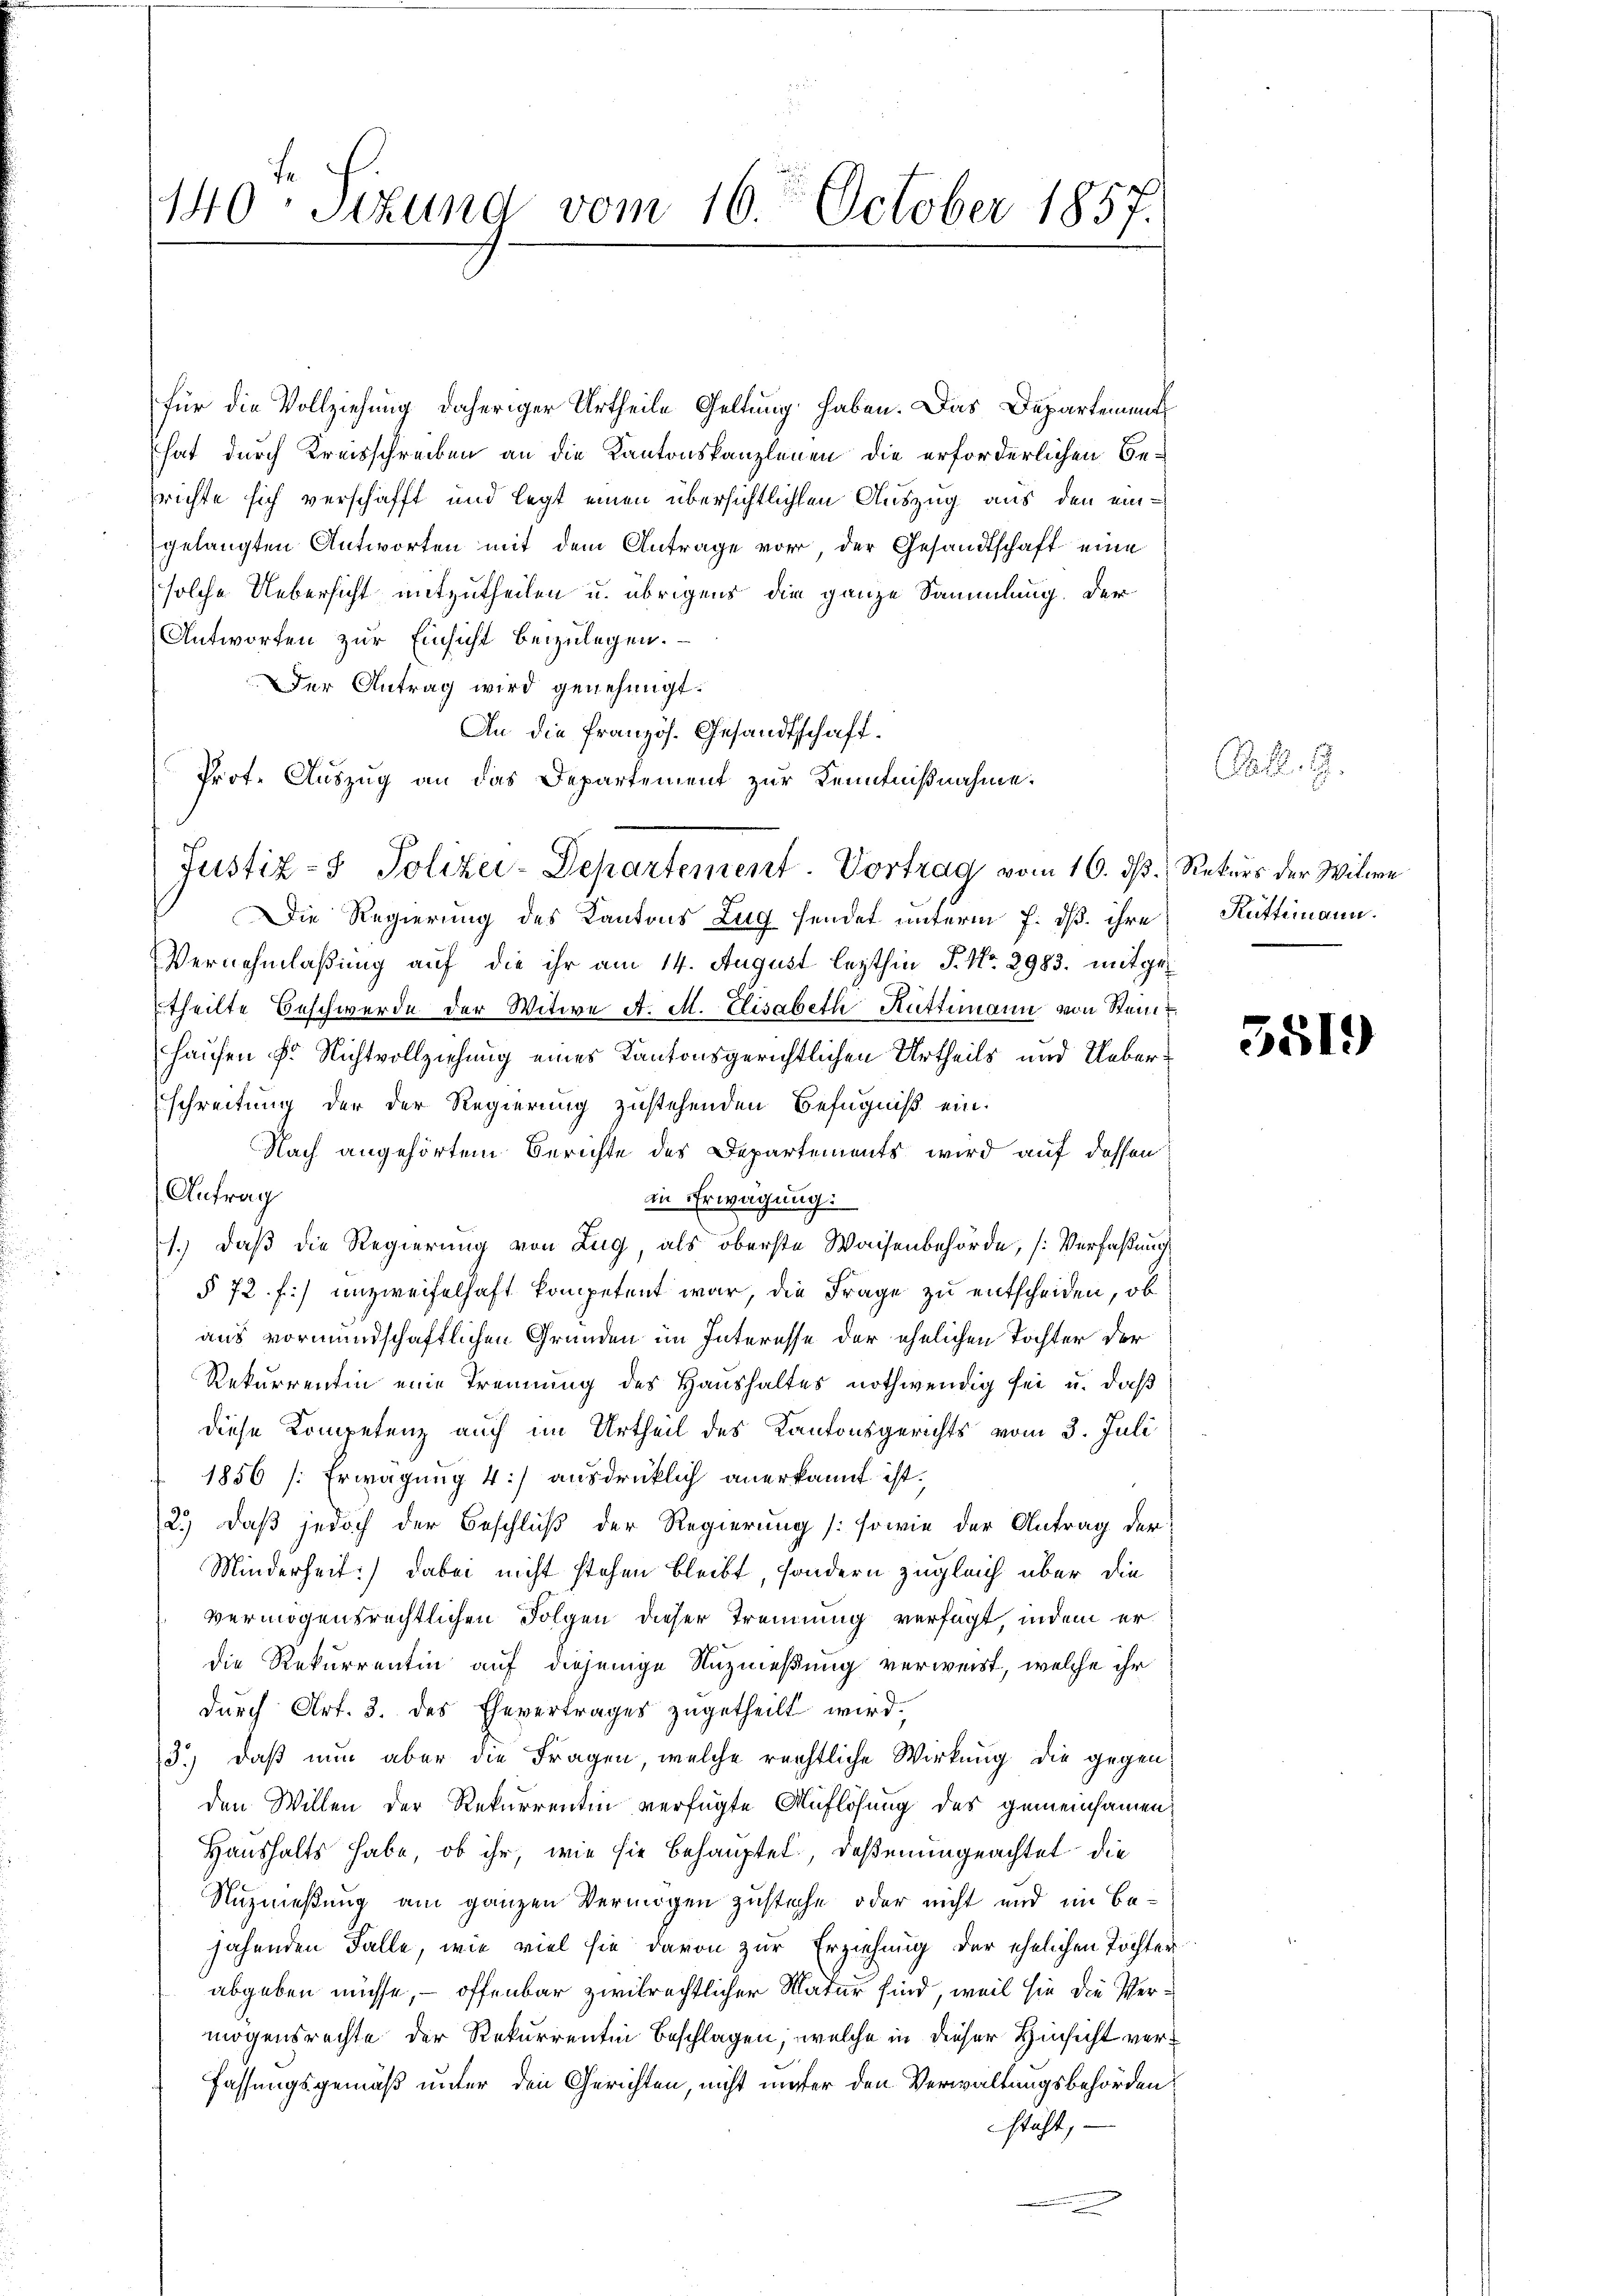
140 Stund vom 16. October 1857.

Justiz- & Polizei-Departement. Vortrag vom 16. ds. Rekurs der Witwe

für die Vollziehung daheriger Urtheile Geltung haben. Das Departement
hat durch Kreisschreiben an die Kantonskanzlenen die erforderlichen Be-
richte sich verschafft und legt einen übersichtlichen Auszug aus den eingelangten Antworten mit dem Antrage vor, der Gesandtschaft eine
solche Uebersicht mitzutheilen u. übrigens die ganze Sammlung. Der
Antworfen zur Einsicht beizulegen.
Der Antrag wird genehmigt.
An die französ. Gesandtschaft.
Prof. Auszug an das Departement zur Kenntnißnahme.

Die Regierung des Kantons Zug sendet unterm 7. dß. ihre Rütternann¬
Vernehmlaßung auf die ihr am 14. August lezthin J. No. 2983. mitgetheilte Beschwerde der Witwe A. M. Elisabeth Rüttimann von Stein
Hausen F. Richtvollziehung eines Kantonsgerichtlichen Urtheils und Ueberschreitung der der Regierung zustehenden Befugniß ein¬
Nach angehörtem Berichte des Departements wird auf dessen
Anfrag
in Erwägung:
1.) daß die Regierung von Zug, als oberste Waisenbehörde, [Verfaßung
§ 72 f.) unzweifelhaft kompetent war, die Frage zu entscheiden, ob
aus vormundschaftlichen Gründen im Interesse der ehelichen Tochter der
Rekurrentin eine Trennung des Haushaltes nothwendig sei u. daß
diese Kompetenz auch im Urtheil des Kantonsgerichts vom 3. Juli
1856 [Erwägung 4) ausdrücklich anerkannt ist.
2.) Daß jedoch der Beschluß der Regierung (sowie der Antrag der
Minderheit) dabei nicht stehen bleibt, sondern zugleich über die
vermögensrechtlichen Folgen dieser Trennung verfügt, indem erdie Rekurrentin auf diejenige Nuzmeßung verweist, welche ihr
durch Art. 3. des Ehevertrages zugetheilt wird.
3.) Daß nun aber die Fragen, welche rechtliche Wirkung die gegen
den Willen der Rekurrentin verfügte Auflösung der gemeinsamen:
Haushalts habe, ob ihr, wie sie behauptet, daßenungeachtet die
Nuzmeßung am ganzen Vermögen zustehe, oder nicht und im Bejahenden Falle, wie viel sie davon zur Erziehung der ehelichen Töchter
abgeben müsse, – offenbar zivilrechtlicher Natur sind, weil sie die Vermögensrechte der Rekurrentin beschlagen, welche in dieser Hinsicht ver¬
Fassungsgemäß unter den Gerichten, nicht unter den Verwaltungsbehörden
stäht,

B. G.

5519